Annual report of the Bengal Veterinary College and of the Civil Veterinary Department, Bengal, for the year 1915-16 - 1915-1916
Year: 1915
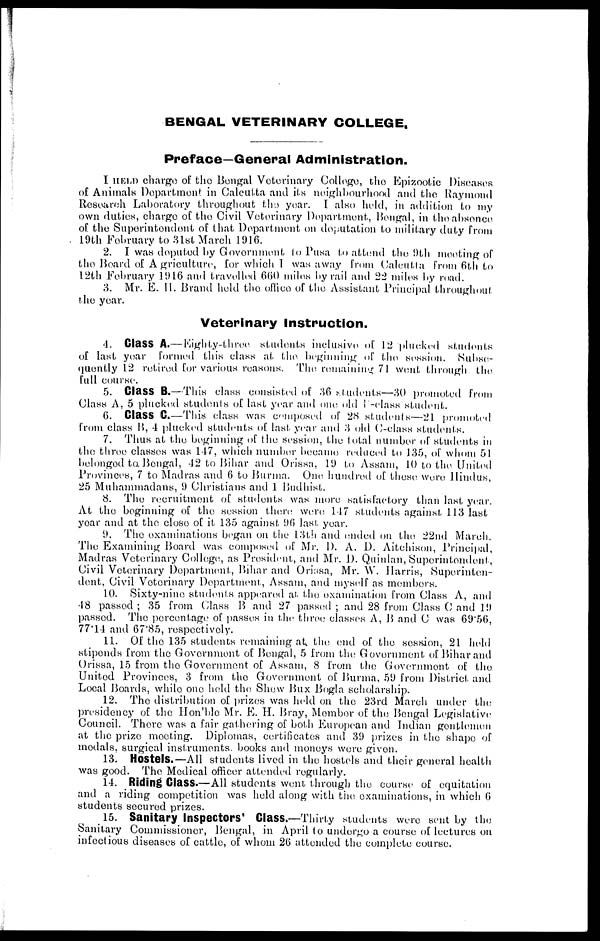
BENGAL VETERINARY COLLEGE,
Preface—General Administration.
I HELD charge of the Bengal Veterinary College, the Epizootic Diseases
of Animals Department in Calcutta and its neighbourhood and the Raymond
Research Laboratory throughout the year. I also held, in addition to my
own duties, charge of the Civil Veterinary Department, Bengal, in the absence
of the Superintendent of that Department on deputation to military duty from
19th Fobruary to 31st March 1916.
2. I was deputed by Government to Pusa to attend the 9th meeting of
the Board of Agriculture, for which 1 was away from Calcutta from 6th to
12th February 1916 and travelled 660 miles by rail and 22 miles by road.
3. Mr. E. H. Brand held the office of the Assistant Principal throughout
the year.
Veterinary Instruction.
4. Class A.— Eighty-three students inclusive of 12 plucked students
of last year formed this class at the beginning of the session. Subse-
quently 12 retired for various reasons. The remaining 71 went through the
full course.
5. Class B.— This class consisted of 36 students—30 promoted from
Class A, 5 plucked students of last year and one old B-class student.
6. Class C.—This class was composed of 28 students—21 promoted
from class B, 4 plucked students of last year and 3 old C-class students.
7. Thus at the beginning of the session, the total number of students in
the three classes was 147, which number became reduced to 135, of whom 51
belongod to Bengal, 42 to Bihar and Orissa, 19 to Assam, 10 to the United
Provinces, 7 to Madras and 6 to Burma. One hundred of these were Hindus,
25 Muhammadans, 9 Christians and 1 Budhist.
8. The recruitment of students was more satisfactory than last year.
At the beginning of the session there were 147 students against 113 last
year and at the close of it 135 against 96 last year.
9. The examinations began on the 13th and ended on the 22nd March.
The Examining Board was composed of Mr. D. A. D. Aitchison, Principal,
Madras Veterinary College, as President, and Mr. D. Quinlan, Superintendent,
Civil Veterinary Department, Bihar and Orissa, Mr. W. Harris, Superinten-
dent, Civil Veterinary Department, Assam, and myself as members.
10. Sixty-nine students appeared at the examination from Class A, and
48 passed ; 35 from Class B and 27 passed ; and 28 from Class C and 19
passed. The percentage of passes in the three classes A, B and C was 69.56,
77.14 and 67.85, respectively.
11. Of the 135 students remaining at. the end of the session, 21 held
stipends from the Government of Bengal, 5 from the Government of Bihar and
Orissa, 15 from the Government of Assam, 8 from the Government of the
United Provinces, 3 from the Government of Burma, 59 from District and
Local Boards, while one held the Shew Bux Bogla scholarship.
12. The distribution of prizes was held on the 23rd March under the
presidency of the Hon'ble Mr. E. H. Bray, Member of the Bengal Legislative
Council. There was a fair gathering of both European and Indian gentlemen
at the prize meeting. Diplomas, certificates and 39 prizes in the shape of
medals, surgical instruments, books and moneys were given.
13. Hostels.—All students lived in the hostels and their general health
was good. The Medical officer attended regularly.
14. Riding Class.—All students went through the course of equitation
and a riding competition was held along with the examinations, in which 6
students secured prizes.
15. Sanitary Inspectors' Class.—Thirty students were sent by the
Sanitary Commissioner, Bengal, in April to undergo a course of lectures on
infectious diseases of cattle, of whom 26 attended the complete course.